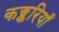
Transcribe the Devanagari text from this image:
कङ्करियाँ